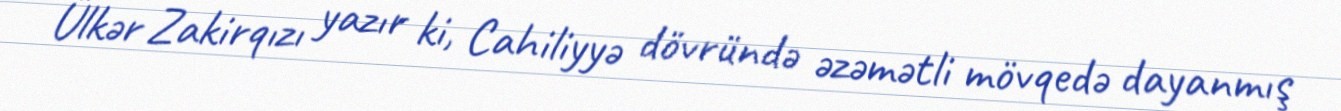
Ülkər Zakirqızı yazır ki, Cahiliyyə dövründə əzəmətli mövqedə dayanmış